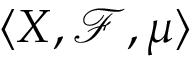
\langle X , { \mathcal { F } } , \mu \rangle